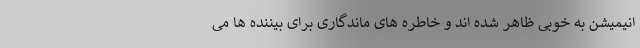
انیمیشن به خوبی ظاهر شده اند و خاطره های ماندگاری برای بیننده ها می